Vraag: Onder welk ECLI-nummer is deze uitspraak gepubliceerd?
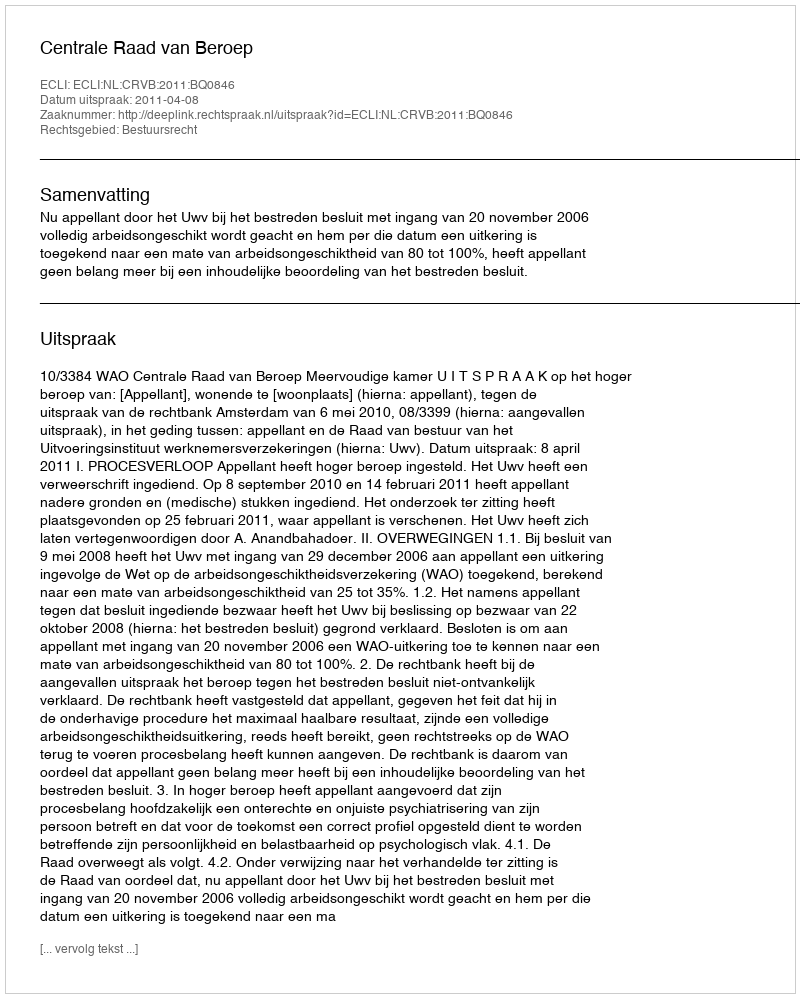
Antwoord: ECLI:NL:CRVB:2011:BQ0846